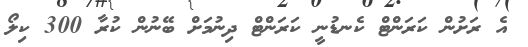
އެ ރަށުން ކަރަންޓް ކެނޑުނީ ކަރަންޓް ދިނުމަށް ބޭނުން ކުރާ 300 ކިލޯ